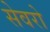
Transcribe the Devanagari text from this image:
सेवरो